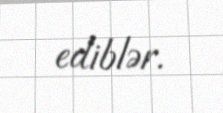
ediblər.